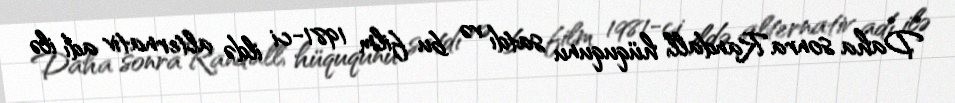
Daha sonra Randall, hüququnu satdı və bu film 1981-ci ildə alternativ adı ilə